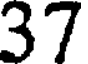
37